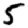
Digit: 5